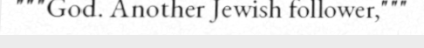
"""God. Another Jewish follower,"""